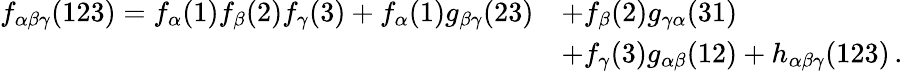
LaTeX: \begin{array}{rl}{f_{\alpha\beta\gamma}(123)=f_{\alpha}(1)f_{\beta}(2)f_{\gamma}(3)+f_{\alpha}(1)g_{\beta\gamma}(23)}&{+f_{\beta}(2)g_{\gamma\alpha}(31)}\\ &{+f_{\gamma}(3)g_{\alpha\beta}(12)+h_{\alpha\beta\gamma}(123)\, .}\end{array}